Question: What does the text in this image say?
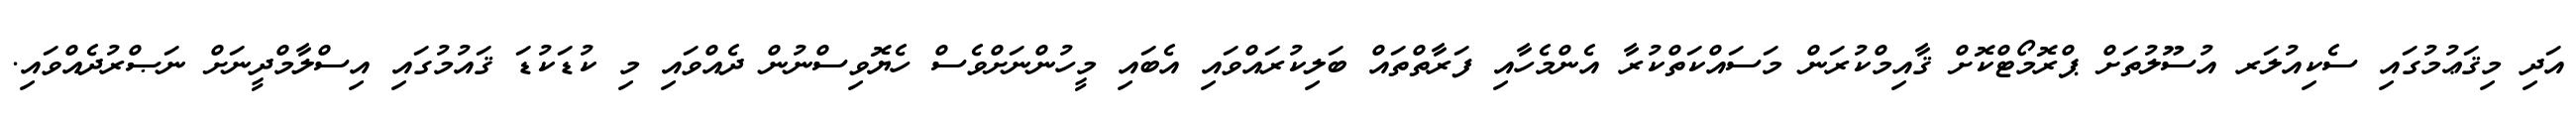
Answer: އަދި މިޤަޢުމުގައި ސެކިއުލަރ އުސޫލުތަށް ޕްރޮމޯޓްކޮށް ޤާއިމްކުރަން މަސައްކަތްކުރާ އެންމެހާއި ފަރާތްތައް ބަލިކުރައްވައި އެބައި މީހުންނަށްވެސް ހެޔޮވިސްނުން ދެއްވައި މި ކުޑަކުޑަ ޤައުމުގައި އިސްލާމްދީނަށް ނަޞްރުދެއްވައި.